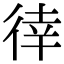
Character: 𢔛